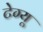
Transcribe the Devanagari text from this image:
टेग्यू